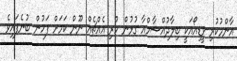
އާންމުކުރި ވީޑިއޯއަކީ ބިލާދުއްޝާމްއާ ގުޅުން ހުރި އެއްޗެއް ނޫން ކަމަށް ފަހުން ބުނެފައިވެ